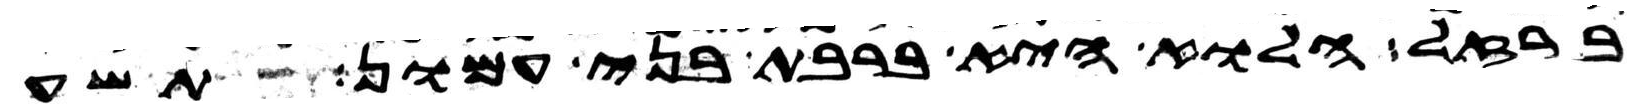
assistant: ברזל הלוא היא ברבת בני עמון תשע